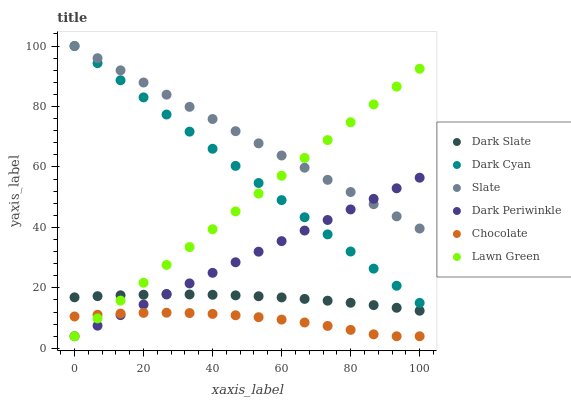
| xaxis_label | Dark Slate | Dark Cyan | Slate | Dark Periwinkle | Chocolate | Lawn Green |
 | --- | --- | --- | --- | --- | --- | --- |
 | 0 | 16.9 | 100 | 100 | 4 | 10.5 | 4 |
 | 6.67 | 17.3 | 94.3 | 96 | 7.5 | 11.1 | 9.9 |
 | 13.3 | 17.5 | 88.7 | 92 | 11 | 11.5 | 15.8 |
 | 20 | 17.7 | 83 | 87.9 | 14.5 | 11.7 | 21.7 |
 | 26.7 | 17.8 | 77.3 | 83.9 | 18 | 11.8 | 27.6 |
 | 33.3 | 17.8 | 71.7 | 79.9 | 21.5 | 11.7 | 33.5 |
 | 40 | 17.7 | 66 | 75.9 | 25 | 11.4 | 39.4 |
 | 46.7 | 17.5 | 60.4 | 71.8 | 28.5 | 10.9 | 45.3 |
 | 53.3 | 17.2 | 54.7 | 67.8 | 32 | 10.3 | 51.2 |
 | 60 | 16.8 | 49 | 63.8 | 35.5 | 9.51 | 57.1 |
 | 66.7 | 16.4 | 43.4 | 59.8 | 39 | 8.55 | 63 |
 | 73.3 | 15.8 | 37.7 | 55.7 | 42.5 | 7.41 | 68.9 |
 | 80 | 15.1 | 32 | 51.7 | 46 | 6.11 | 74.8 |
 | 86.7 | 14.3 | 26.4 | 47.7 | 49.4 | 4.63 | 80.7 |
 | 93.3 | 13.4 | 20.7 | 43.7 | 52.9 | 4 | 86.6 |
 | 100 | 12.4 | 15 | 39.6 | 56.4 | 4 | 92.5 |